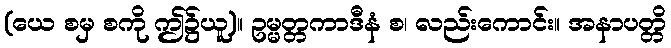
(ယေ စမှ စကို ဤ၌ယူ)။ ဥမ္မတ္တကာဒီနံ စ၊ လည်းကောင်း။ အနာပတ္တိ